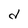
Character: d